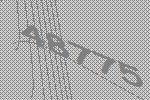
48775